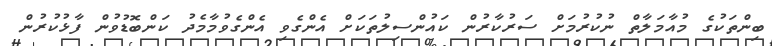
ބިންތަކުގެ މުއާމަލާތް ނުކުރުމަށް ސަރުކާރުން ކައުންސިލުތަކަށް އެންގެވި އެންގެވުމާމެދު ކަންބޮޑުވުން ފާޅުކުރުން